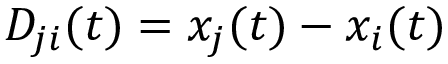
D _ { j i } ( t ) = x _ { j } ( t ) - x _ { i } ( t )